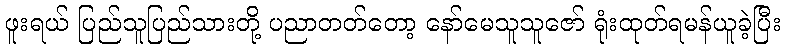
ဖူးရယ် ပြည်သူပြည်သားတို့ ပညာတတ်တော့ နော်မေသူသူဇော် ရုံးထုတ်ရမန်ယူခဲ့ပြီး